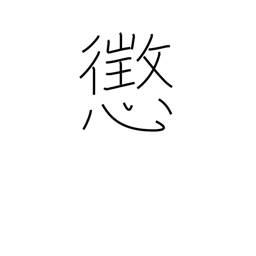
Meaning: discipline